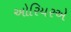
ઓરિયરએ